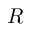
R